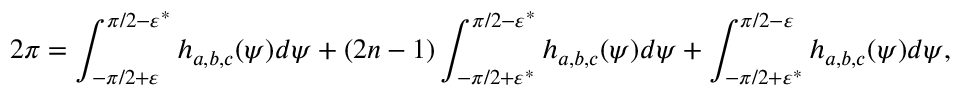
2 \pi = \int _ { - \pi / 2 + \varepsilon } ^ { \pi / 2 - \varepsilon ^ { * } } h _ { a , b , c } ( \psi ) d \psi + ( 2 n - 1 ) \int _ { - \pi / 2 + \varepsilon ^ { * } } ^ { \pi / 2 - \varepsilon ^ { * } } h _ { a , b , c } ( \psi ) d \psi + \int _ { - \pi / 2 + \varepsilon ^ { * } } ^ { \pi / 2 - \varepsilon } h _ { a , b , c } ( \psi ) d \psi ,